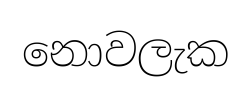
නොවලැක